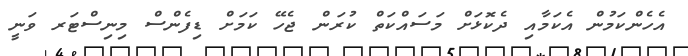
އެހެންކަމުން އެކަމާއި ދެކޮޅަށް މަސައްކަތް ކުރަން ޖެހޭ ކަމަށް ޑިފެންސް މިނިސްޓަރ ވަނީ